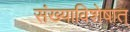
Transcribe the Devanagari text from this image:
संख्याविशेषात्